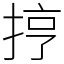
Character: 㧸